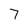
Character: 7